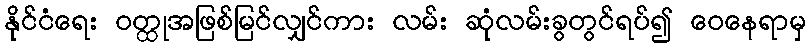
နိုင်ငံရေး ဝတ္ထုအဖြစ်မြင်လျှင်ကား လမ်း ဆုံလမ်းခွတွင်ရပ်၍ ဝေနေရာမှ